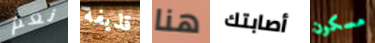
نعم قذيفة هنا أصابتك مسكون